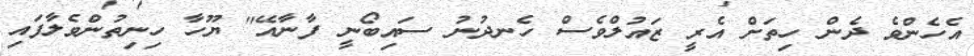
އެހެންވެ ދެން ހިތަށް އެރީ ޒައުލްވެސް ހެނދުނު ސައިބޯނީ ފާނާއޭ" ޔޫހާ ހިނިތުންވެލާފައި